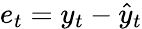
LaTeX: e_{t}=y_{t}-\hat{y}_{t}